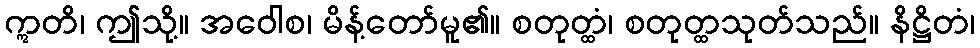
ဣတိ၊ ဤသို့။ အဝေါစ၊ မိန့်တော်မူ၏။ စတုတ္ထံ၊ စတုတ္ထသုတ်သည်။ နိဋ္ဌိတံ၊